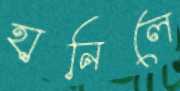
হানিলে